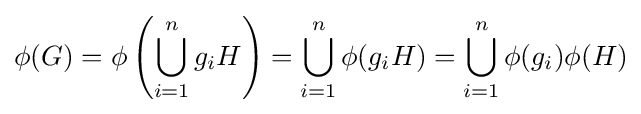
\phi (G)=\phi \left(\bigcup _{i=1}^{n}g_{i}H\right)=\bigcup _{i=1}^{n}\phi (g_{i}H)=\bigcup _{i=1}^{n}\phi (g_{i})\phi (H)